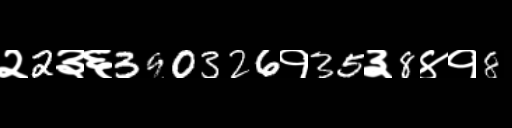
Text: २2३६390326१35३8४१8